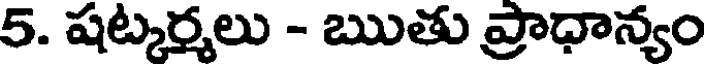
5. షట్కర్మలు - ఋతు ప్రాధాన్యం